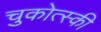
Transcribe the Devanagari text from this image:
चुकोत्स्की